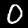
Label: 0